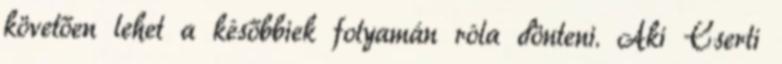
követően lehet a későbbiek folyamán róla dönteni. Aki Cserti